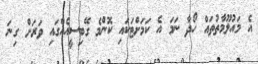
އެ މައުލޫމާތުތައް ހޯދާ ނަމަ އެ ކަމަށްޓަކައި ކޮންމެ ގޭބިސީއެއްގައި ވަރަށް ގިނަ